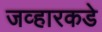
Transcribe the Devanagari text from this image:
जव्हारकडे